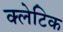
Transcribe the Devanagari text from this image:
क्लेटिक